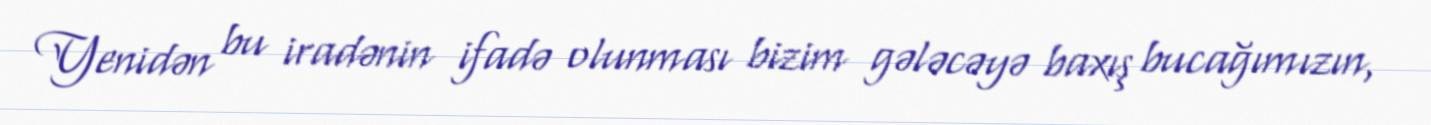
Yenidən bu iradənin ifadə olunması bizim gələcəyə baxış bucağımızın,